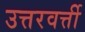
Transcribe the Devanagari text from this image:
उत्तरवर्त्ती